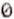
0